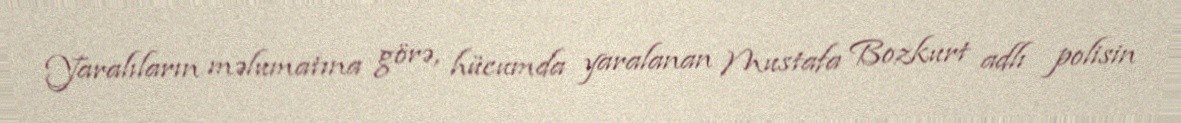
Yaralıların məlumatına görə, hücumda yaralanan Mustafa Bozkurt adlı polisin